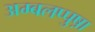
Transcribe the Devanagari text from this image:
अम्बलप्पुष़ा